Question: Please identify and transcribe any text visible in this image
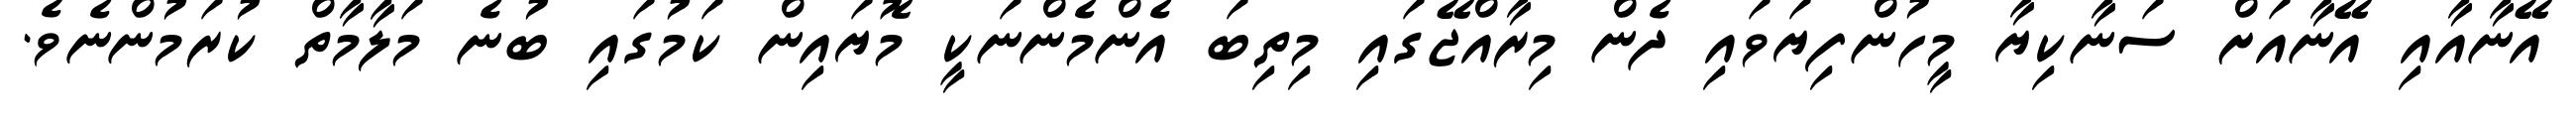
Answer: އޭނާއާއި އޭނާއަށް ސަނާކިޔާ މީހުންފިޔަވައި ދެން މިރާއްޖޭގައި މިތިބަ އެންމެންނަކީ މޮޔައިން ކަމުގައި ބުނެ މަލާމާތް ކުރަމުންނެވެ.